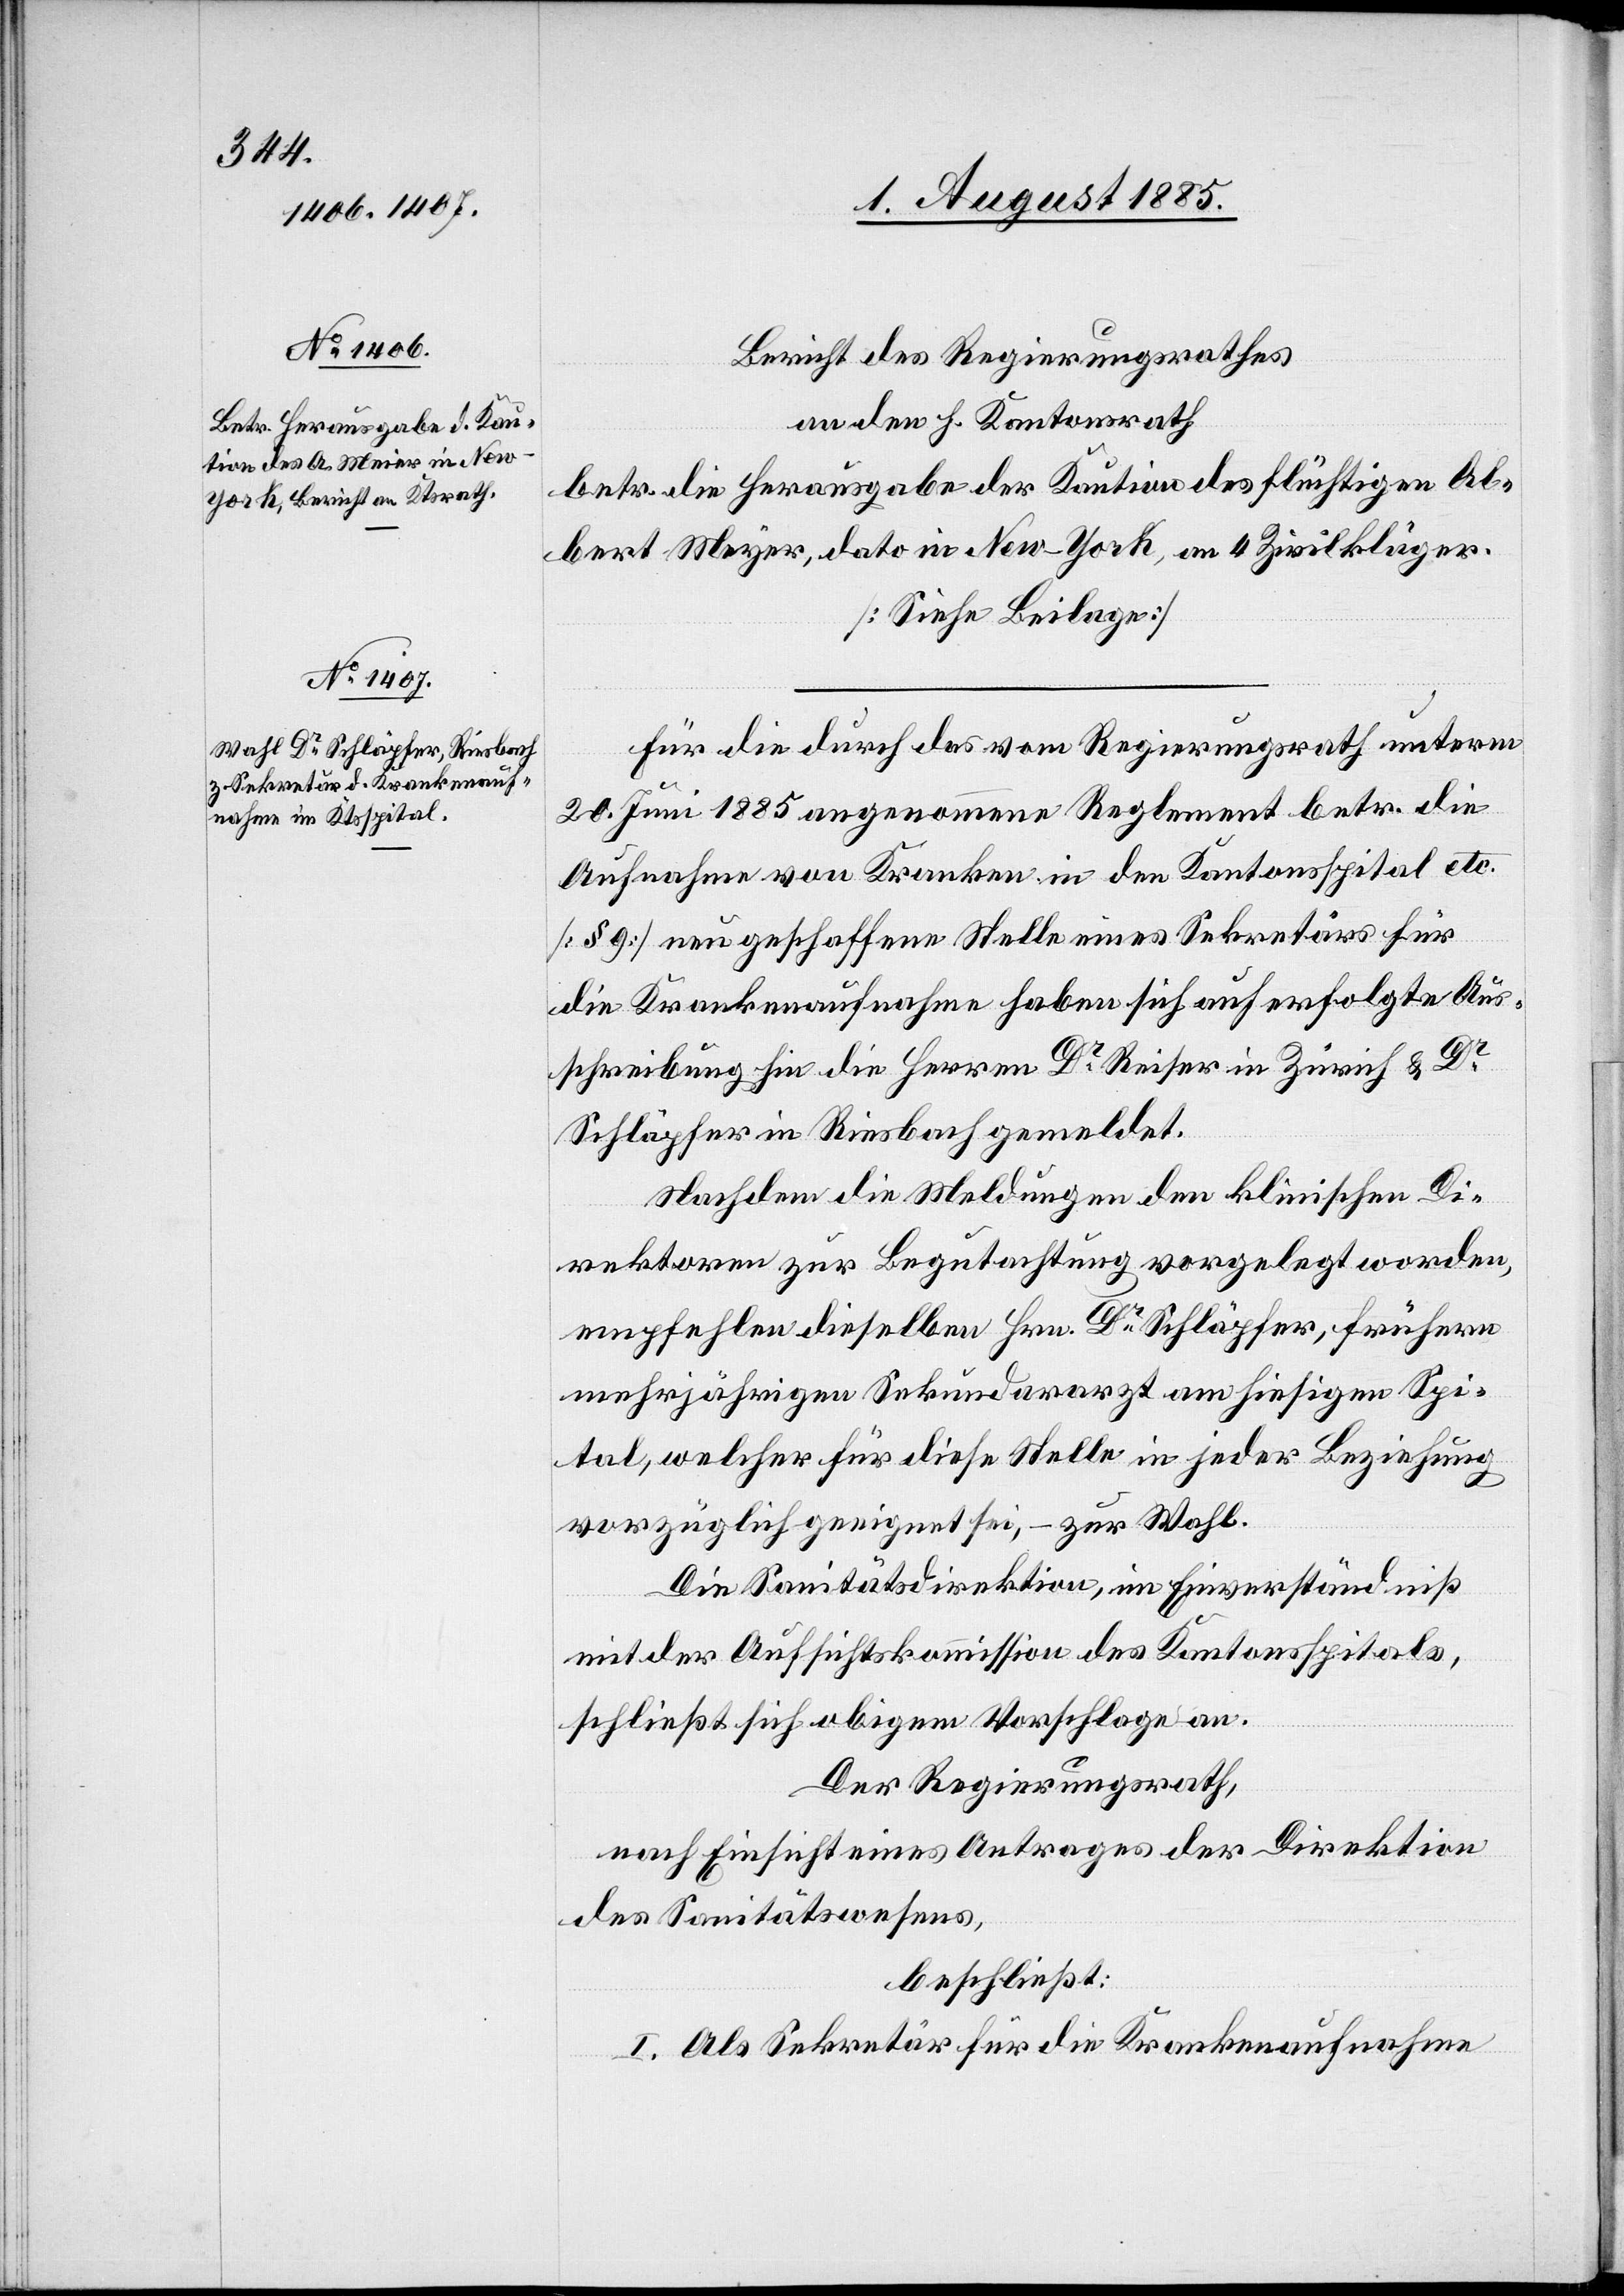
Bericht des Regierungsrathes
an den h. Kantonsrath
betr. die Herausgabe der Kaution des flüchtigen Al¬
bert Meyer, dato in New-York, an 4 Zivilkläger.
[Siehe Beilage]
Für die durch das vom Regierungsrath unterm
20. Juni 1885 angenommene Reglement betr. die
Aufnahme von Kranken in den Kantonsspital etc.
[§ 9] neugeschaffene Stelle eines Sekretärs für
die Krankenaufnahme haben sich auf erfolgte Aus¬
schreibung hin die Herren Dr Reiser in Zürich & Dr
Schläpfer in Riesbach gemeldet.
Nachdem die Meldungen den klinischen Di¬
rektoren zur Begutachtung vorgelegt worden,
empfehlen dieselben Hrn. Dr Schläpfer, frühern
mehrjährigen Sekundararzt am hiesigen Spi¬
tal, welcher für diese Stelle in jeder Beziehung
vorzüglich geeignet sei, – zur Wahl.
Die Sanitätsdirektion, im Einverständniß
mit der Aufsichtskommission des Kantonsspitals,
schließt sich obigem Vorschlage an.
Der Regierungsrath,
nach Einsicht eines Antrages der Direktion
des Sanitätswesens,
beschließt:
I. Als Sekretär für die Krankenaufnahme